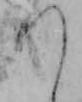
つ